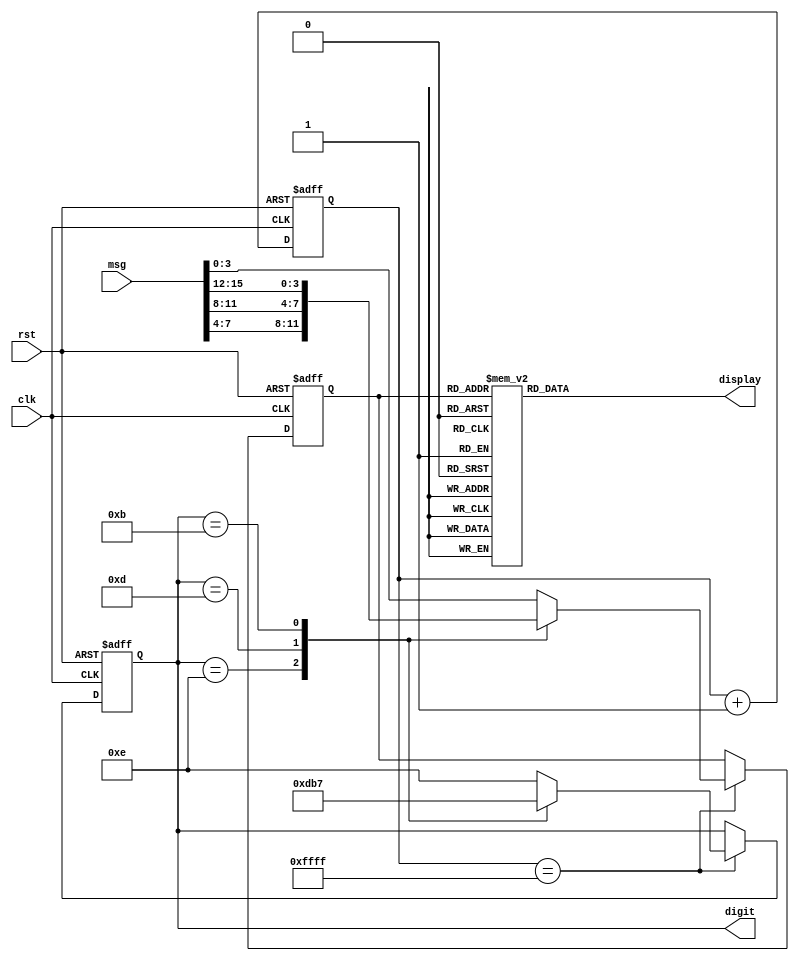
`timescale 1ns / 1ps
module Seven_Segment(
    output reg [6:0] display,
    output reg [3:0] digit,
    input wire [15:0] msg,
    input wire rst,
    input wire clk
    );
    
    parameter WORD_A = 4'd0;
    parameter WORD_1 = 4'd1;
    parameter WORD_2 = 4'd2;
    parameter WORD_3 = 4'd3;
    parameter WORD_4 = 4'd4;
    parameter WORD_5 = 4'd5;
    parameter WORD_D = 4'd6;
    parameter WORD_E = 4'd7;
    parameter WORD_I = 4'd8;
    parameter WORD_L = 4'd9;
    parameter WORD_P = 4'd10;
    parameter WORD_R = 4'd11;
    parameter WORD_S = 4'd12;
    parameter WORD_T = 4'd13;
    parameter WORD_U = 4'd14;
    parameter WORD_Y = 4'd15;
    
    reg [15:0] clk_divider;
    reg [3:0] display_msg;
    
    always @ (posedge clk, posedge rst) begin
        if (rst) begin
            clk_divider <= 16'b0;
        end else begin
            clk_divider <= clk_divider + 16'b1;
        end
    end
    
    always @ (posedge clk, posedge rst) begin
        if (rst) begin
            display_msg <= 4'b0000;
            digit <= 4'b1111;
        end else if (clk_divider == {16{1'b1}}) begin
            case (digit)
                4'b1110 : begin
                    display_msg <= msg[7:4];
                    digit <= 4'b1101;
                end
                4'b1101 : begin
                    display_msg <= msg[11:8];
                    digit <= 4'b1011;
                end
                4'b1011 : begin
                    display_msg <= msg[15:12];
                    digit <= 4'b0111;
                end
                4'b0111 : begin
                    display_msg <= msg[3:0];
                    digit <= 4'b1110;
                end
                default : begin
                    display_msg <= msg[3:0];
                    digit <= 4'b1110;
                end				
            endcase
        end else begin
            display_msg <= display_msg;
            digit <= digit;
        end
    end
    
    always @ (*) begin
        case (display_msg)
            WORD_A : display = 7'b0001000;	
            WORD_1 : display = 7'b1111001;   //0001                                                
            WORD_2 : display = 7'b0100100;   //0010                                                
            WORD_3 : display = 7'b0110000;   //0011                                             
            WORD_4 : display = 7'b0011001;   //0100                                               
            WORD_5 : display = 7'b0010010;   //0101                                               
            WORD_D : display = 7'b0100001;
            WORD_E : display = 7'b0000110;
            WORD_I : display = 7'b1111010;
            WORD_L : display = 7'b1000111;
            WORD_P : display = 7'b0001100;
            WORD_R : display = 7'b0101111;
            WORD_S : display = 7'b0010010;
            WORD_T : display = 7'b0000111;
            WORD_U : display = 7'b1000001;
            WORD_Y : display = 7'b0010001;
            default: display = 7'b1000000;
        endcase
    end
    
endmodule